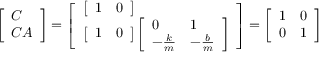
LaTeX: \left[ { \begin{array} { l } { C } \\ { C A } \end{array} } \right] = \left[ { \begin{array} { l } { \left[ { \begin{array} { l l } { 1 } & { 0 } \end{array} } \right] } \\ { \left[ { \begin{array} { l l } { 1 } & { 0 } \end{array} } \right] \left[ { \begin{array} { l l } { 0 } & { 1 } \\ { - { \frac { k } { m } } } & { - { \frac { b } { m } } } \end{array} } \right] } \end{array} } \right] = \left[ { \begin{array} { l l } { 1 } & { 0 } \\ { 0 } & { 1 } \end{array} } \right]